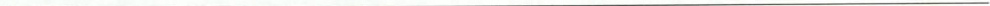
___